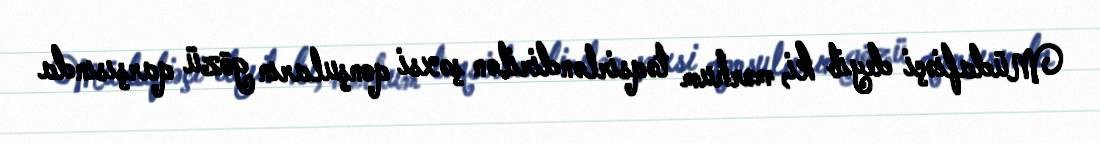
Müdafiəçi deyib ki, mərhum təqsirləndirilən şəxsi qonşuların gözü qarşısında